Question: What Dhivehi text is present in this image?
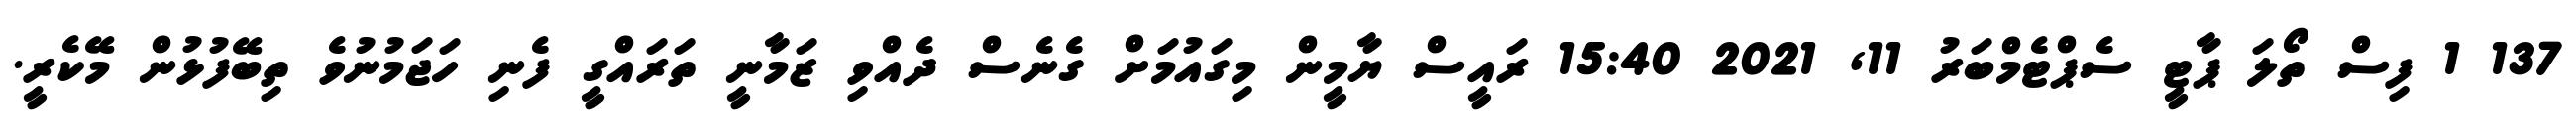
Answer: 137 1 ފިސް ތޯލަ ޕާޓީ ސެޕްޓެމްބަރު 11, 2021 15:40 ރައީސް ޔާމީން މިގައުމަށް ގެނެސް ދެއްވި ޒަމާނީ ތަރައްގީ ފެނި ހަޖަމުނުވެ ތިބޭފުޅުން މޭކެރީ.